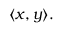
\langle x , y \rangle .